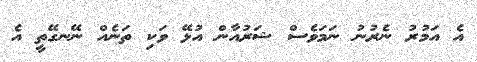
އެ އަމުރު ނެރުނު ނަމަވެސް ޝަރުއާން އުޅޭ ވަކި ތަނެއް ނޭނގޭތީ އެ